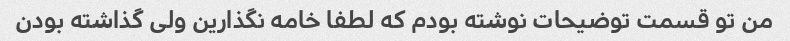
من تو قسمت توضیحات نوشته بودم که لطفا خامه نگذارین ولی گذاشته بودن